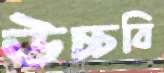
উচ্চবি